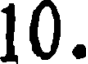
10.